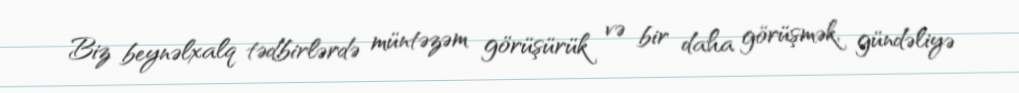
Biz beynəlxalq tədbirlərdə müntəzəm görüşürük və bir daha görüşmək, gündəliyə